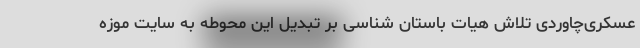
عسکری‌چاوردی تلاش هیات باستان شناسی بر تبدیل این محوطه به سایت موزه